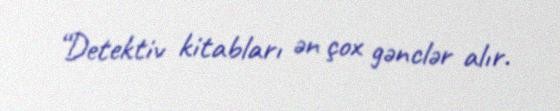
“Detektiv kitabları ən çox gənclər alır.